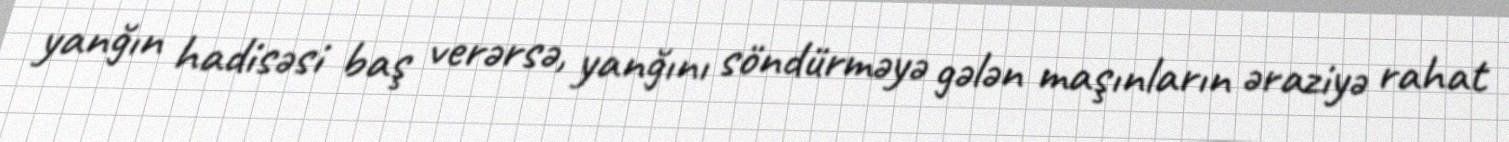
yanğın hadisəsi baş verərsə, yanğını söndürməyə gələn maşınların əraziyə rahat